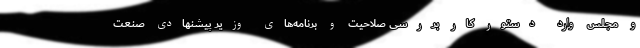
و مجلس وارد دستور کار بررسی صلاحیت و برنامه‌های وزیر پیشنهادی صنعت